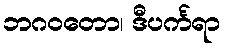
ဘဂဝတော၊ ဒီပင်္ကရာ